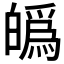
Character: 𤾡